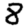
Digit: 8